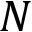
N